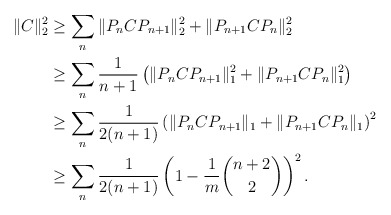
\begin{align*}\|C\|_2^2 &\ge \sum_n \|P_n C P_{n+1}\|_2^2 + \|P_{n+1} C P_n\|_2^2 \\&\ge \sum_n \frac{1}{n+1}\left(\|P_n C P_{n+1}\|_1^2 + \|P_{n+1} C P_n\|_1^2\right) \\&\ge \sum_n \frac{1}{2(n+1)}\left(\|P_n C P_{n+1}\|_1 + \|P_{n+1} C P_n\|_1\right)^2 \\&\ge \sum_n \frac{1}{2(n+1)} \left(1 - \frac{1}{m}\binom{n+2}{2}\right)^2.\end{align*}